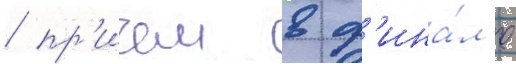
/ пр'ичем в ф'ина́л'е